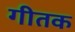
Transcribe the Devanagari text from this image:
गीतक